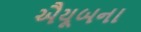
ઐયૂબના